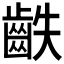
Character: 𪗫